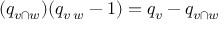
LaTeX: ( q _ { v \cap w } ) ( q _ { v \setminus w } - 1 ) = q _ { v } - q _ { v \cap w }